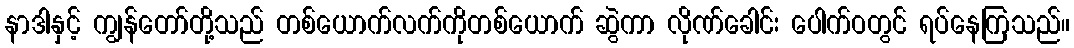
နာဒါနှင့် ကျွန်တော်တို့သည် တစ်ယောက်လက်ကိုတစ်ယောက် ဆွဲကာ လိုဏ်ခေါင်း ပေါက်ဝတွင် ရပ်နေကြသည်။